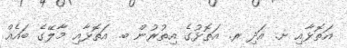
އަތޮޅާއި ށ. އަދި ރ. އަތޮޅުގެ އިތުރުން ބ. އަތޮޅާއި މާލޭގެ ބައެއް